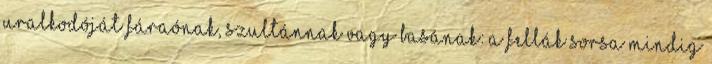
uralkodóját fáraónak, szultánnak vagy basának: a fellák sorsa mindig